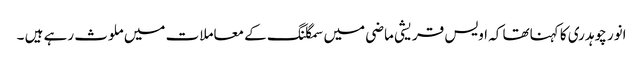
انور چوہدری کا کہناتھا کہ اویس قریشی ماضی میں سمگلنگ کے معاملات میں ملوث رہے ہیں ۔